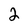
Character: 2